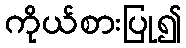
ကိုယ်စားပြု၍